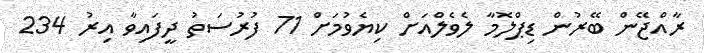
ރާއްޖޭން ބޭރުން ޑިޕްލޮމާ ލެވެލްއަށް ކިޔެވުމަށް 71 ފުރުސަތު ދީފައިވާ އިރު 234